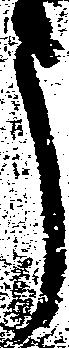
う